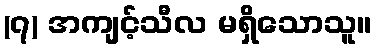
(၇) အကျင့်သီလ မရှိသောသူ။